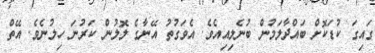
ގައިގަ ކުޑަކޮށް ބައްދާލަމުން ބުނެލިއިއެވެ. އެވަގުތު އޭނާގެ ލޮލުން ކަރުނަ ހިލުނެވެ. އޭތް